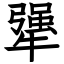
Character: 犟